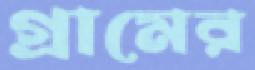
গ্রামের